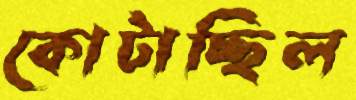
কোটাচ্ছিল